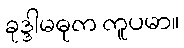
ခုဒ္ဒါမဓုက ကူပမာ။